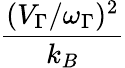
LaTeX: \frac{(V_{\Gamma}/\omega_{\Gamma})^{2}}{k_{B}}